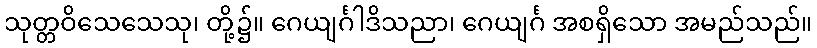
သုတ္တဝိသေသေသု၊ တို့၌။ ဂေယျင်္ဂါဒိသညာ၊ ဂေယျင်္ဂ အစရှိသော အမည်သည်။